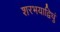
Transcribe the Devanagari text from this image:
शरभयाद्विधुं